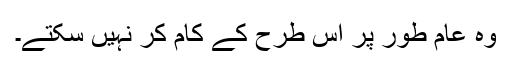
وہ عام طور پر اِس طرح کے کام کر نہیں سکتے۔